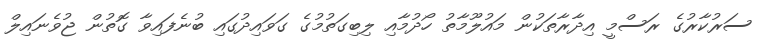
ސަރުކާރުގެ ރަސްމީ އިދާރާތަކުން މައުލޫމާތު ހޯދުމާއި ލިބިގަތުމުގެ ގަވައިދުގައި ބުނެފައިވާ ގޮތުން ޖުވެނައިލް